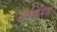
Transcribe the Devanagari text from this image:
ओलेरोसिया